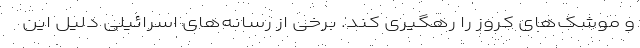
و موشک‌های کروز را رهگیری کند. برخی از رسانه‌های اسرائیلی دلیل این